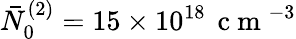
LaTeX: \bar{N}_{0}^{(2)}=15\times 10^{18}\, \mathrm{~c~m~}^{-3}